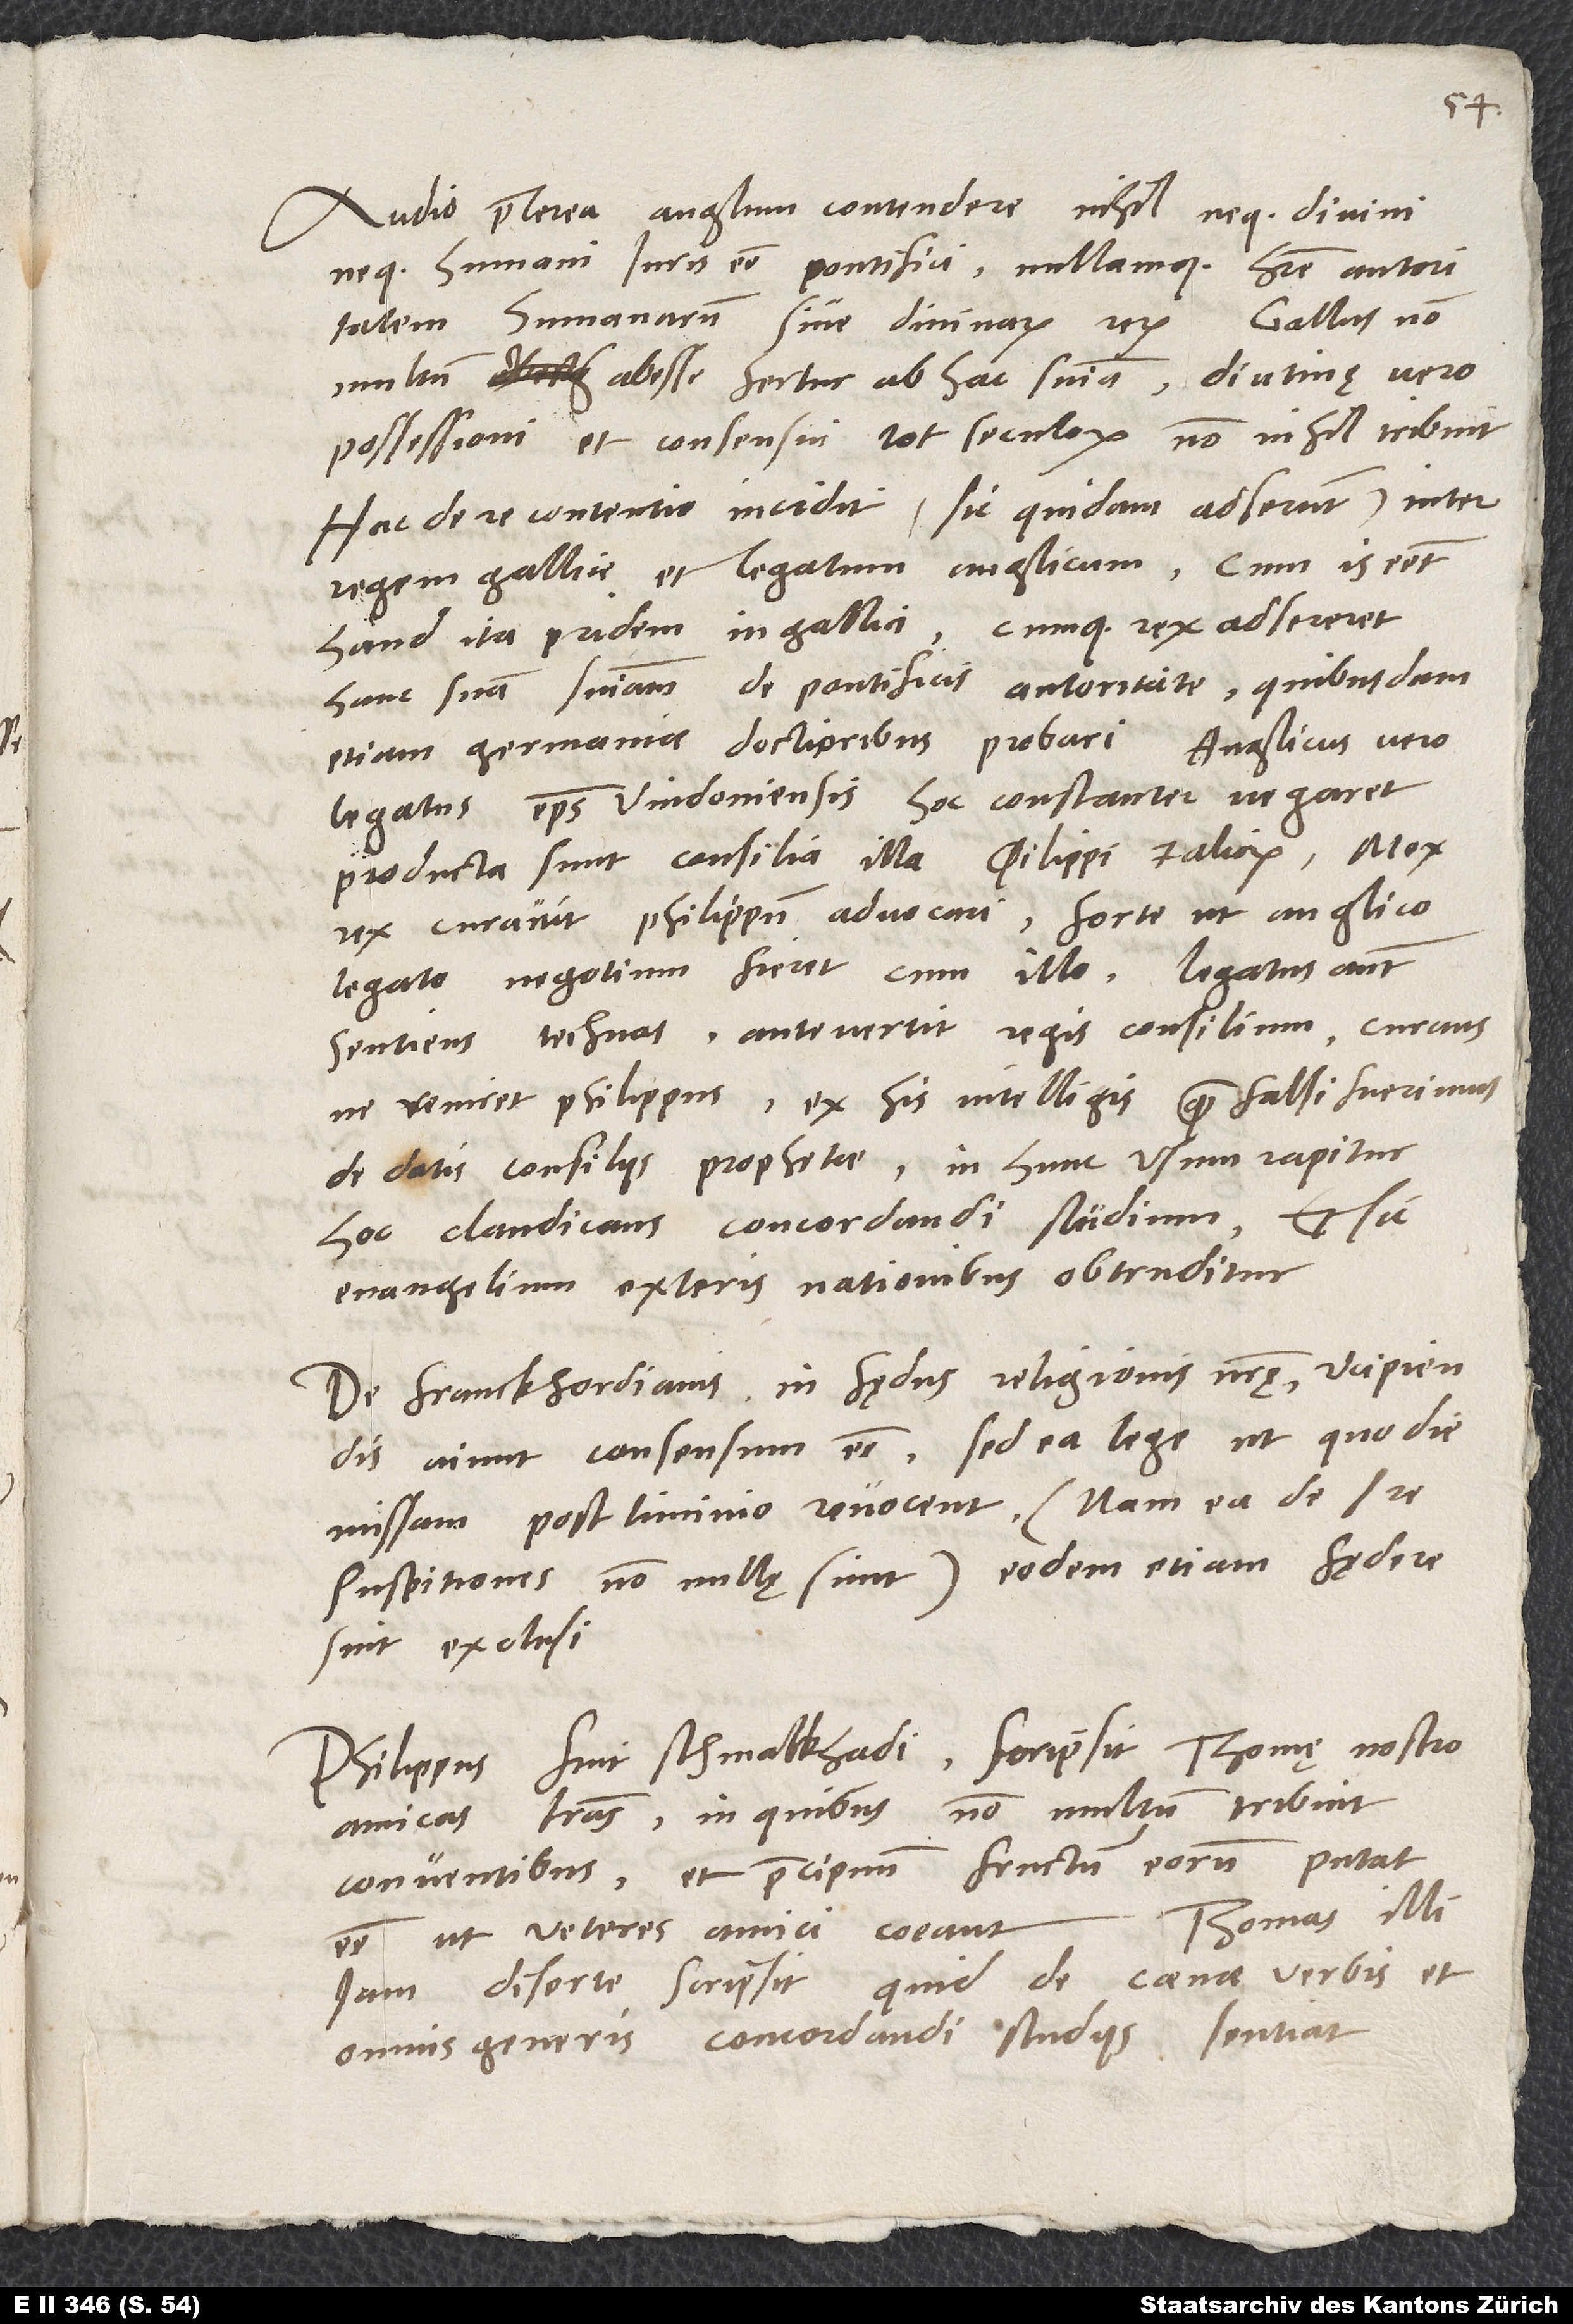
Audio praeterea Anglum contendere nihil neque divini
neque humani iuris esse pontifici nullamque habere autoritatem
humanarum sive divinarum rerum. Gallus non
multum abesse fertur ab hac sententia, diutinę vero
possessioni et consensui tot seculorum non nihil tribuit.
Hac de re contentio incidit (sic quidam adserunt) inter
regem Gallie et legatum Anglicum. Cum is esset
haud ita pridem in Gallia cumque rex adsereret
hanc suam sententiam de pontificis autoritate quibusdam
etiam Germaniae doctioribus probari, Anglicus vero
legatus, episcopus Vindoniensis, hoc constanter negaret,
producta sunt consilia illa et aliorum. Mox
rex curavit Philippum advocari, forte, ut Anglico
legato negotium fieret cum illo. Legatus autem
sentiens technas antevertit regis consilium curans,
ne veniret Philippus. Ex his intelligis, quam falsi fuerimus
de datis consiliis prophetae. In hunc usum rapitur
hoc claudicans concordandi studium, et sic
evangelium exteris nationibus obtruditur.
De Franckfordianis in fędus religionis nostrę recipiendis
aiunt consensum esse, sed ea lege, ut, quo die
missam postliminio revocent (nam ea de re
suspitiones nonnullę sunt), eodem etiam fędere
sint exclusi.
Philippus fuit Schmalkhaldi; scripsit Thomę nostro
amicas literas, in quibus non multum tribuit
conventibus et praecipuum fructum eorum putat
Thomas illi
esse, ut veteres amici coeant.
iam diserte scripsit, quid de coenae verbis et
omnis generis concordandi studiis sentiat.